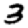
Digit: 3